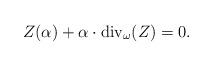
LaTeX: \begin{align*}Z(\alpha)+\alpha\cdot{\rm div}_\omega(Z)=0.\end{align*}